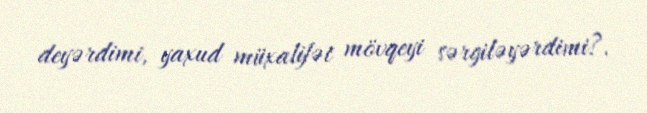
deyərdimi, yaxud müxalifət mövqeyi sərgiləyərdimi?.